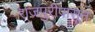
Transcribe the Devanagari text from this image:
राजपुरीपासून